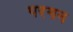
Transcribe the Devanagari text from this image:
परगन